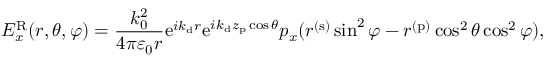
E _ { x } ^ { \mathrm { R } } ( r , \theta , \varphi ) = \frac { k _ { 0 } ^ { 2 } } { 4 \pi \varepsilon _ { 0 } r } \mathrm { e } ^ { i k _ { \mathrm { d } } r } \mathrm { e } ^ { i k _ { \mathrm { d } } z _ { \mathrm { p } } \cos \theta } p _ { x } ( r ^ { ( \mathrm { s } ) } \sin ^ { 2 } \varphi - r ^ { ( \mathrm { p } ) } \cos ^ { 2 } \theta \cos ^ { 2 } \varphi ) ,